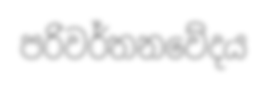
පරිවර්තනවේදය